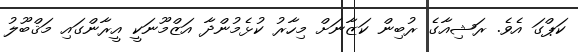
ކަޕްގަ އެވެ. ރަޝިއާގެ ރުބިން ކަޒާނަށް މިހާރު ކުޅެމުންދާ އަޒްމޫނަކީ އީރާންގައި މަޤްބޫލު